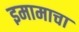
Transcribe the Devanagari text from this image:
इमामाचा